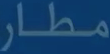
مطار